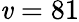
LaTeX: \mathit{v}=81